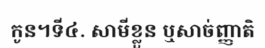
កូន។ទី៤. សាមីខ្លួន ឬសាច់ញ្ញាតិ